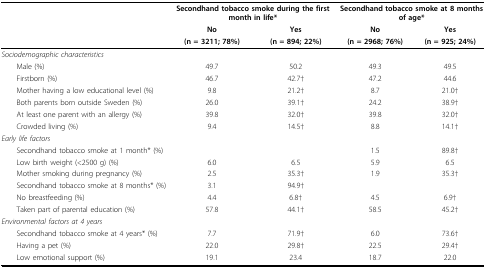
<table><thead><tr><td></td><td colspan="2"><b>Secondhand tobacco smoke during the first month in life*</b></td><td colspan="2"><b>Secondhand tobacco smoke at 8 months of age*</b></td></tr><tr><td></td><td><b>No</b></td><td><b>Yes</b></td><td><b>No</b></td><td><b>Yes</b></td></tr><tr><td></td><td><b>(n = 3211; 78%)</b></td><td><b>(n = 894; 22%)</b></td><td><b>(n = 2968; 76%)</b></td><td><b>(n = 925; 24%)</b></td></tr></thead><tbody><tr><td colspan="2"><i>Sociodemographic characteristics</i></td><td></td><td></td><td></td></tr><tr><td> Male (%)</td><td>49.7</td><td>50.2</td><td>49.3</td><td>49.5</td></tr><tr><td> Firstborn (%)</td><td>46.7</td><td>42.7†</td><td>47.2</td><td>44.6</td></tr><tr><td> Mother having a low educational level (%)</td><td>9.8</td><td>21.2†</td><td>8.7</td><td>21.0†</td></tr><tr><td> Both parents born outside Sweden (%)</td><td>26.0</td><td>39.1†</td><td>24.2</td><td>38.9†</td></tr><tr><td> At least one parent with an allergy (%)</td><td>39.8</td><td>32.0†</td><td>39.8</td><td>32.0†</td></tr><tr><td> Crowded living (%)</td><td>9.4</td><td>14.5†</td><td>8.8</td><td>14.1†</td></tr><tr><td colspan="2"><i>Early life factors</i></td><td></td><td></td><td></td></tr><tr><td> Secondhand tobacco smoke at 1 month* (%)</td><td></td><td></td><td>1.5</td><td>89.8†</td></tr><tr><td> Low birth weight (&lt;2500 g) (%)</td><td>6.0</td><td>6.5</td><td>5.9</td><td>6.5</td></tr><tr><td> Mother smoking during pregnancy (%)</td><td>2.5</td><td>35.3†</td><td>1.9</td><td>35.3†</td></tr><tr><td> Secondhand tobacco smoke at 8 months* (%)</td><td>3.1</td><td>94.9†</td><td></td><td></td></tr><tr><td> No breastfeeding (%)</td><td>4.4</td><td>6.8†</td><td>4.5</td><td>6.9†</td></tr><tr><td> Taken part of parental education (%)</td><td>57.8</td><td>44.1†</td><td>58.5</td><td>45.2†</td></tr><tr><td colspan="2"><i>Environmental factors at 4 years</i></td><td></td><td></td><td></td></tr><tr><td> Secondhand tobacco smoke at 4 years* (%)</td><td>7.7</td><td>71.9†</td><td>6.0</td><td>73.6†</td></tr><tr><td> Having a pet (%)</td><td>22.0</td><td>29.8†</td><td>22.5</td><td>29.4†</td></tr><tr><td> Low emotional support (%)</td><td>19.1</td><td>23.4</td><td>18.7</td><td>22.0</td></tr></tbody></table>